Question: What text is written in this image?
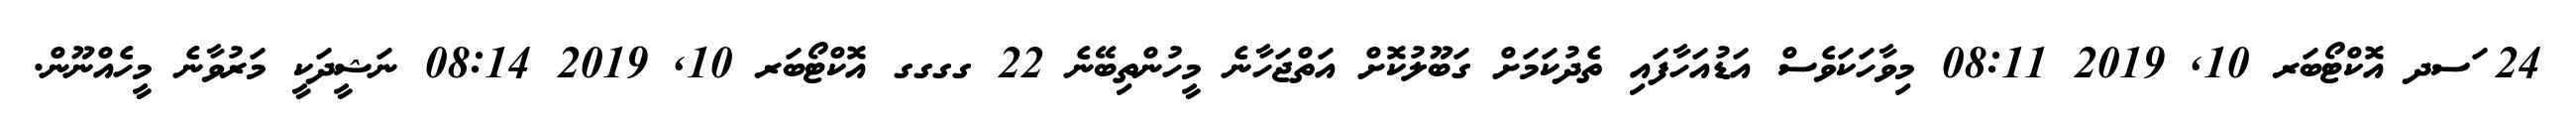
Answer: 24 ަސދ އޮކްޓޯބަރ 10, 2019 08:11 މިވާހަކަވެސް އަޑުއަހާފައި ތެދުކަމަށް ގަބޫލުކޮށް އަތްޖަހާނެ މީހުންތިބޭނެ 22 ގގގގ އޮކްޓޯބަރ 10, 2019 08:14 ނަޝީދަކީ މަރުވާނެ މީހެއްނޫން.